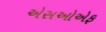
એસઓએફ